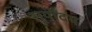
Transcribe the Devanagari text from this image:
सूर्योंदय